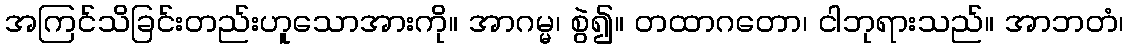
အကြင်သိခြင်းတည်းဟူသောအားကို။ အာဂမ္မ၊ စွဲ၍။ တထာဂတော၊ ငါဘုရားသည်။ အာဘတံ၊